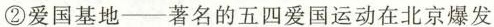
②爱国基地——著名的五四爱国运动在北京爆发